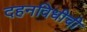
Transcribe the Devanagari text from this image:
दहनविधीची